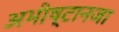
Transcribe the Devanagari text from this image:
अभीष्टानजा